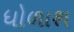
ધોળાશ